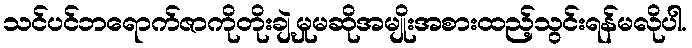
သင်ပင်ဘရောက်ဇာကိုတိုးချဲ့မှုမဆိုအမျိုးအစားထည့်သွင်းရန်မလိုပါ.